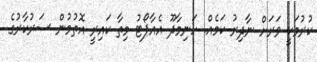
ކުރުމަކީ ވަރަށް ނާދިރު ކަމެއް. ހަނިމާދޫ އެއާޕޯޓު މިތާ ކައިރީ އޮތުމުން ސަރުކާރުގެ